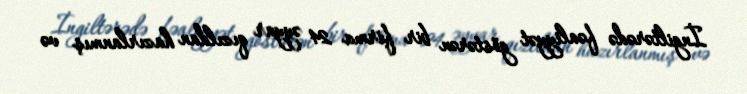
İngiltərədə fəaliyyət göstərən bir firma 24 əyyar qızıldan hazırlanmış və